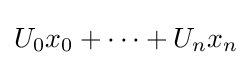
U_{0}x_{0}+\cdots +U_{n}x_{n}